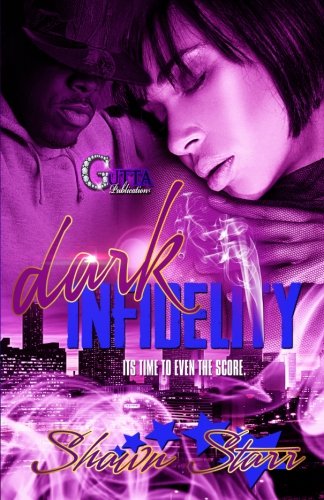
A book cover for Dark Infidelity; Shawn Starr; Literature & Fiction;